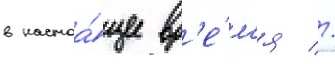
в настоа́щее вр'е́м'я //